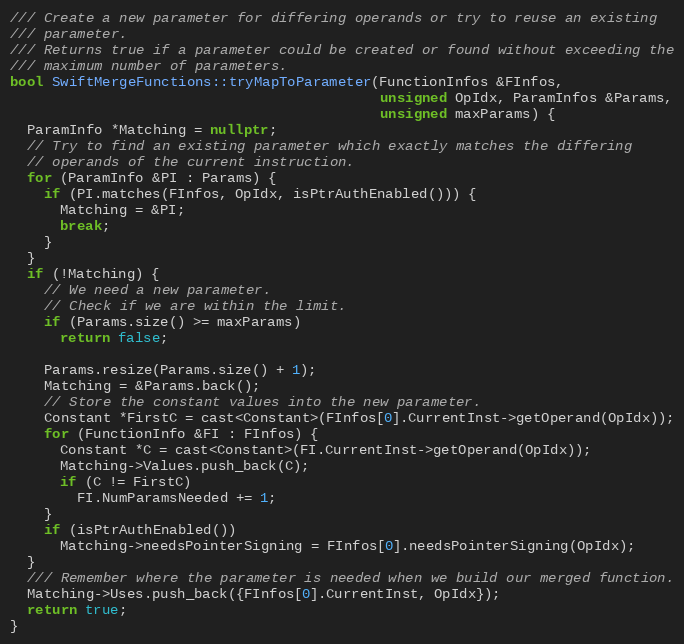
Language: C++
/// Create a new parameter for differing operands or try to reuse an existing
/// parameter.
/// Returns true if a parameter could be created or found without exceeding the
/// maximum number of parameters.
bool SwiftMergeFunctions::tryMapToParameter(FunctionInfos &FInfos,
                                            unsigned OpIdx, ParamInfos &Params,
                                            unsigned maxParams) {
  ParamInfo *Matching = nullptr;
  // Try to find an existing parameter which exactly matches the differing
  // operands of the current instruction.
  for (ParamInfo &PI : Params) {
    if (PI.matches(FInfos, OpIdx, isPtrAuthEnabled())) {
      Matching = &PI;
      break;
    }
  }
  if (!Matching) {
    // We need a new parameter.
    // Check if we are within the limit.
    if (Params.size() >= maxParams)
      return false;

    Params.resize(Params.size() + 1);
    Matching = &Params.back();
    // Store the constant values into the new parameter.
    Constant *FirstC = cast<Constant>(FInfos[0].CurrentInst->getOperand(OpIdx));
    for (FunctionInfo &FI : FInfos) {
      Constant *C = cast<Constant>(FI.CurrentInst->getOperand(OpIdx));
      Matching->Values.push_back(C);
      if (C != FirstC)
        FI.NumParamsNeeded += 1;
    }
    if (isPtrAuthEnabled())
      Matching->needsPointerSigning = FInfos[0].needsPointerSigning(OpIdx);
  }
  /// Remember where the parameter is needed when we build our merged function.
  Matching->Uses.push_back({FInfos[0].CurrentInst, OpIdx});
  return true;
}